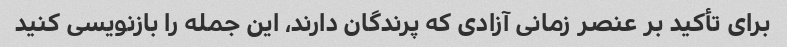
برای تأکید بر عنصر زمانی آزادی که پرندگان دارند، این جمله را بازنویسی کنید